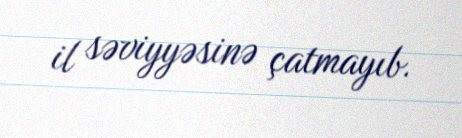
il səviyyəsinə çatmayıb.